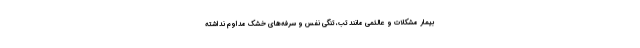
بیمار مشکلات و عالئمی مانند تب، تنگی نفس و سرفه‌های خشک مداوم نداشته